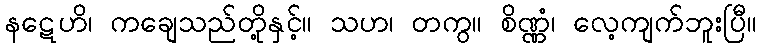
နဋေဟိ၊ ကချေသည်တို့နှင့်။ သဟ၊ တကွ။ စိဏ္ဏံ၊ လေ့ကျက်ဘူးပြီ။